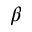
\beta